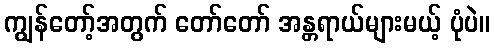
ကျွန်တော့်အတွက် တော်တော် အန္တရာယ်များမယ့် ပုံပဲ။